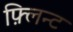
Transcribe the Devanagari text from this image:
फ़्लिन्ट